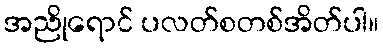
အညိုရောင် ပလတ်စတစ်အိတ်ပါ။